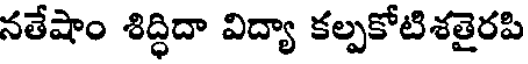
నతేషాం శిద్ధిదా విద్యా కల్పకోటిశతైరపి